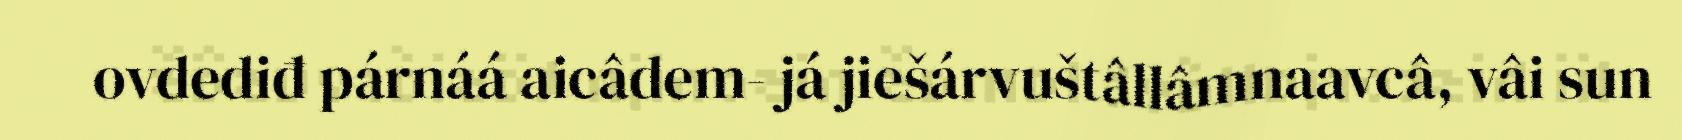
ovdediđ párnáá aicâdem- já jiešárvuštâllâmnaavcâ, vâi sun